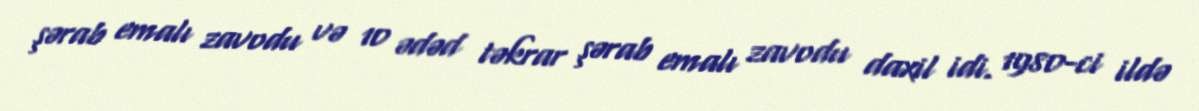
şərab emalı zavodu və 10 ədəd təkrar şərab emalı zavodu daxil idi. 1980-ci ildə